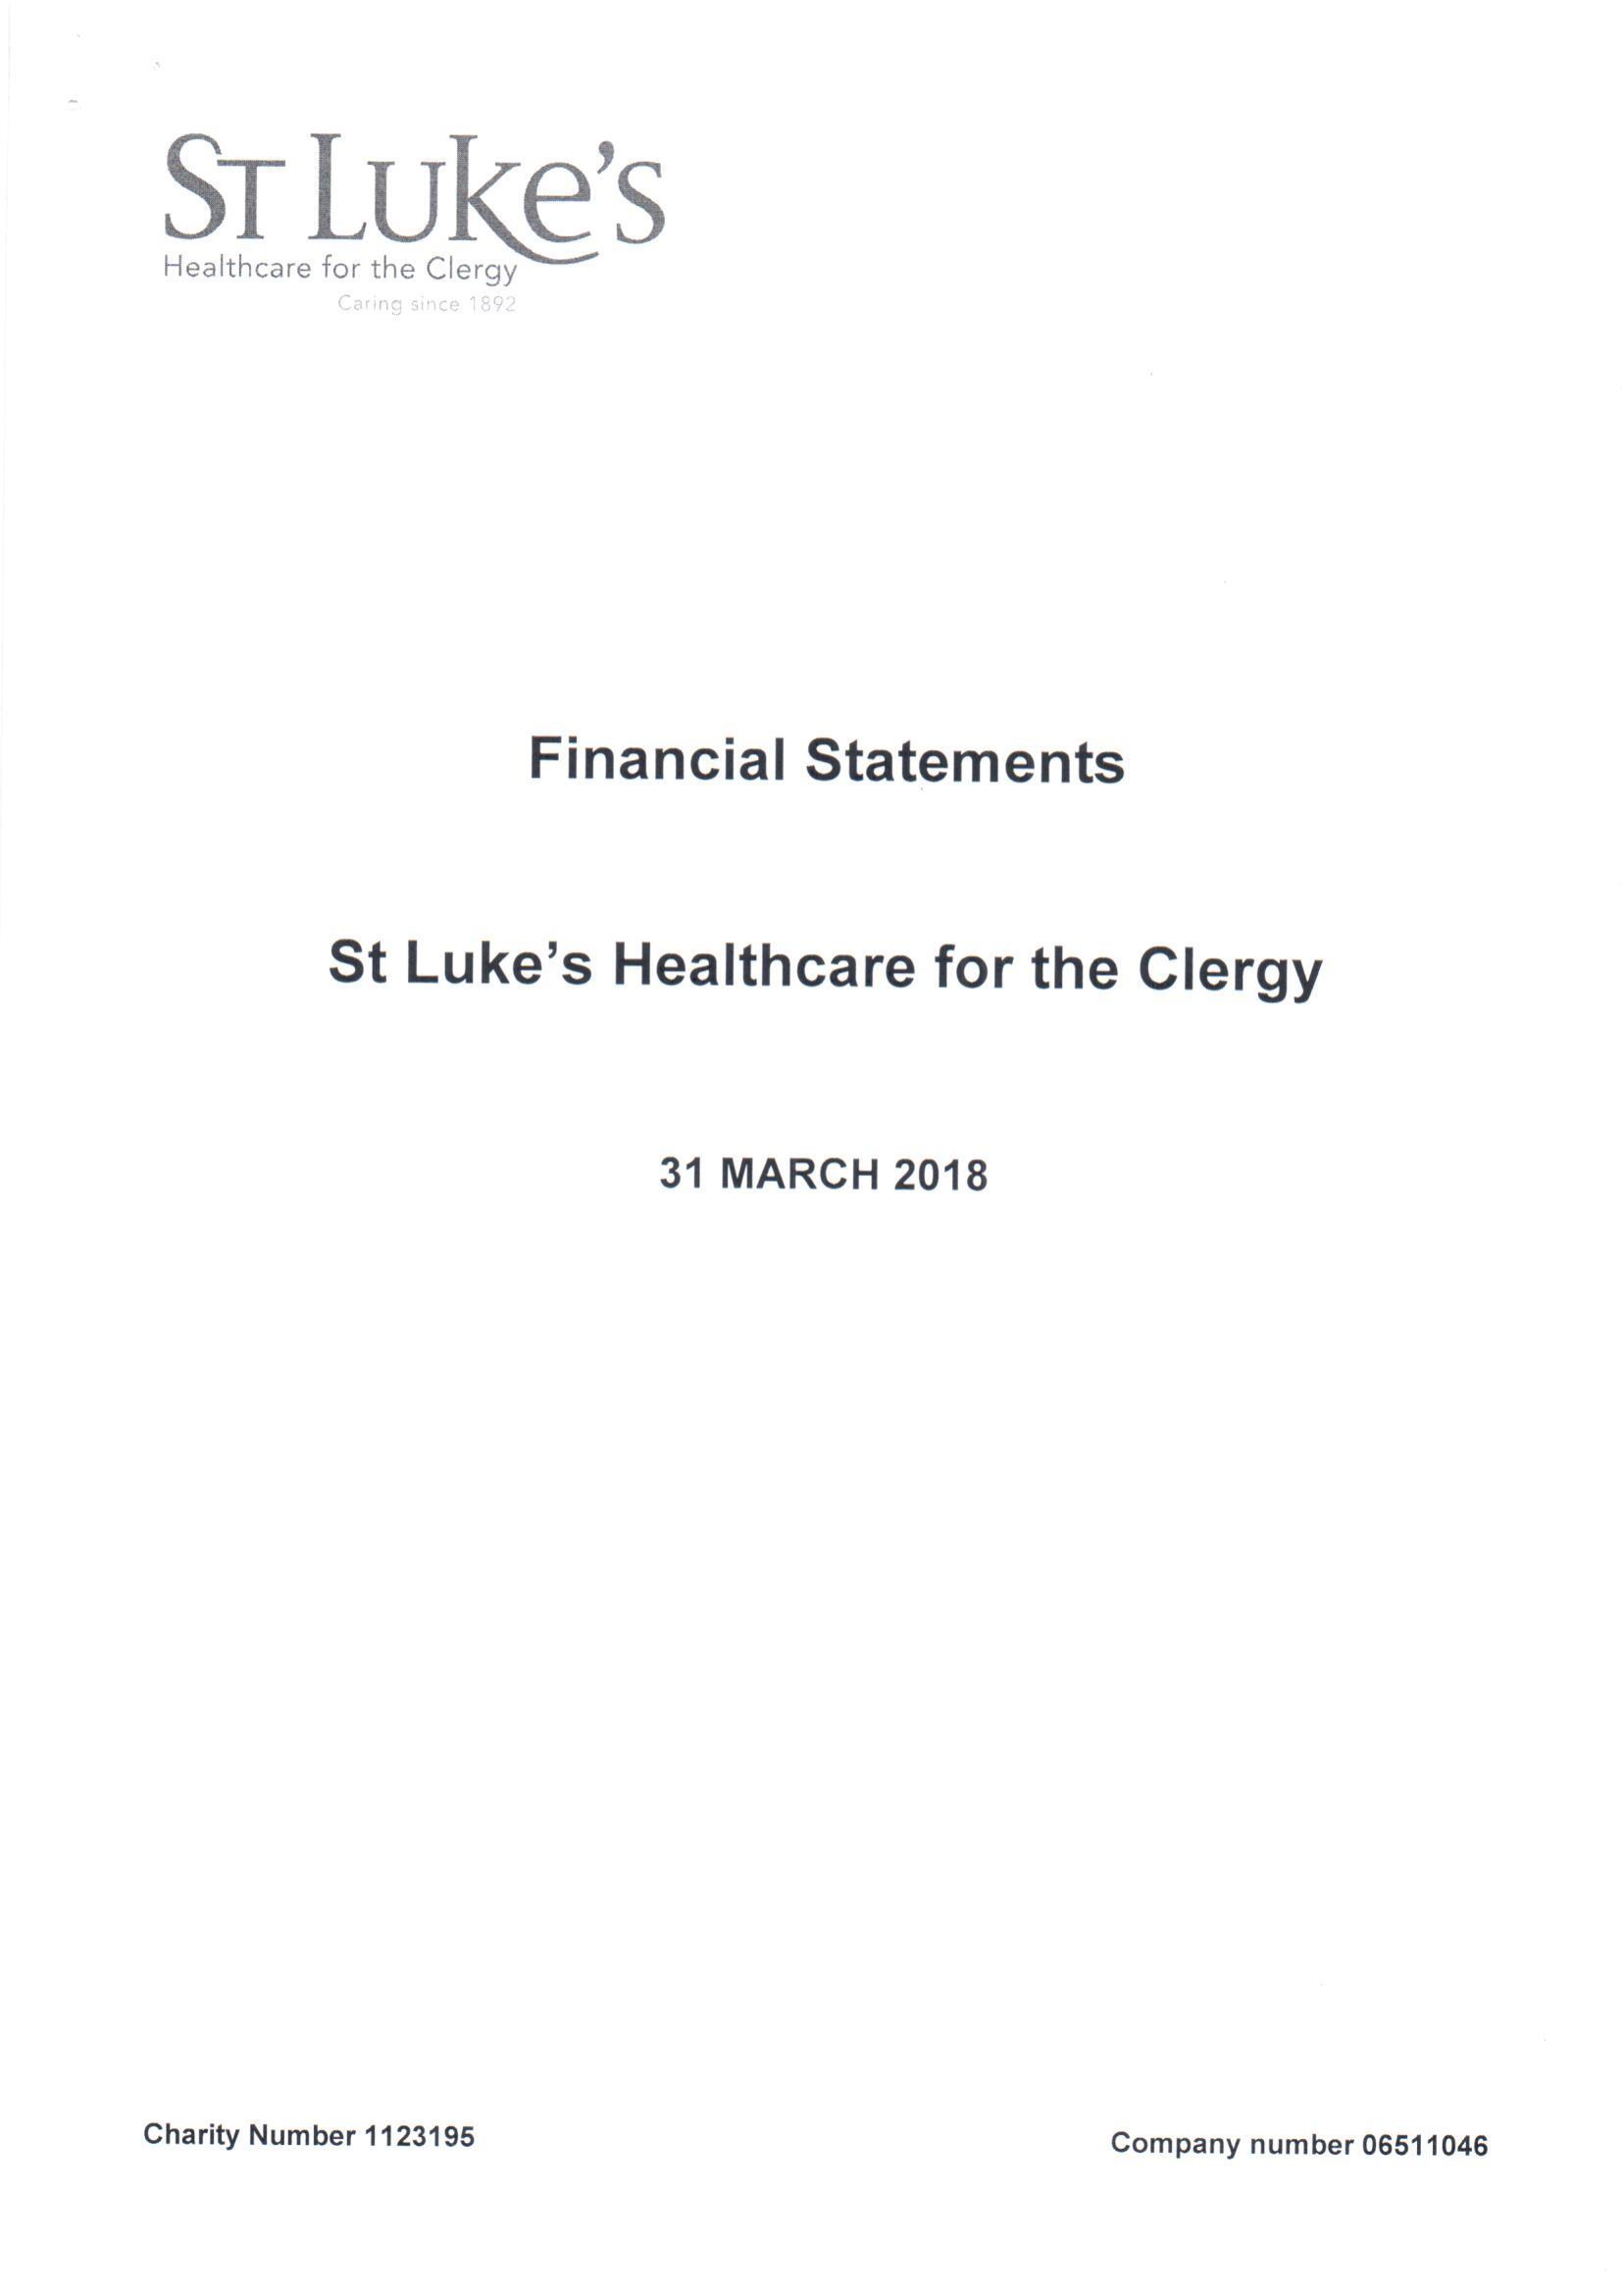
ST  Luke’s
     Healthcare for the Clergy
     Financial Statements
     St Luke’s Healthcare for the Clergy
     31 MARCH 2018
     Charity Number 1123195    Company number 06511046